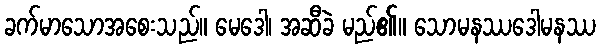
ခက်မာသောအစေးသည်။ မေဒေါ၊ အဆီခဲ မည်၏။ သောမနဿဒေါမနဿ